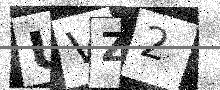
Text: UVZ2